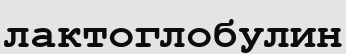
лактоглобулин